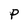
Character: P